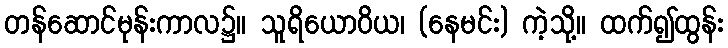
တန်ဆောင်မုန်းကာလ၌။ သူရိယောဝိယ၊ (နေမင်း) ကဲ့သို့။ ထက်၍ထွန်း